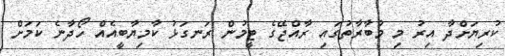
ކުރިޔަށްދާ އިރު މި މުބާރާތުގައި ރާއްޖޭގެ ޓީމުން ރަނގަޅު ކާމިޔާބީއެއް ހޯދާނެ ކަމަށް